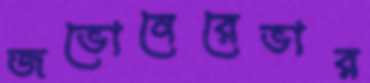
জভোনেরেভার